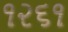
૧૨૬૧